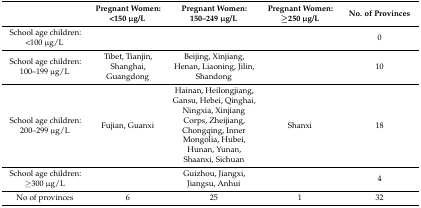
<table><thead><tr><td></td><td><b>Pregnant Women: &lt;150 μg/L</b></td><td><b>Pregnant Women: 150–249 μg/L</b></td><td><b>Pregnant Women: ≥250 μg/L</b></td><td><b>No. of Provinces</b></td></tr></thead><tbody><tr><td>School age children: &lt;100 μg/L</td><td></td><td></td><td></td><td>0</td></tr><tr><td>School age children: 100–199 μg/L</td><td>Tibet, Tianjin, Shanghai, Guangdong</td><td>Beijing, Xinjiang, Henan, Liaoning, Jilin, Shandong</td><td></td><td>10</td></tr><tr><td>School age children: 200–299 μg/L</td><td>Fujian, Guanxi</td><td>Hainan, Heilongjiang, Gansu, Hebei, Qinghai, Ningxia, Xinjiang Corps, Zheijiang, Chongqing, Inner Mongolia, Hubei, Hunan, Yunan, Shaanxi, Sichuan</td><td>Shanxi</td><td>18</td></tr><tr><td>School age children: ≥300 μg/L</td><td></td><td>Guizhou, Jiangxi, Jiangsu, Anhui</td><td></td><td>4</td></tr><tr><td>No of provinces</td><td>6</td><td>25</td><td>1</td><td>32</td></tr></tbody></table>